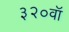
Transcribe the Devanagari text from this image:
३२०वॉ